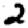
Digit: 2